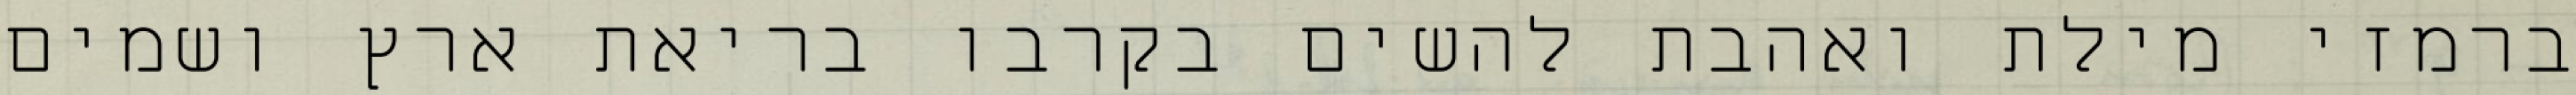
ברמזי מילת ואהבת להשים בקרבו בריאת ארץ ושמים